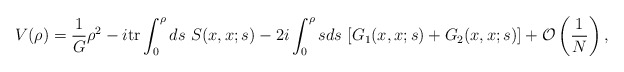
\begin{align*}V(\rho)=\frac{1}{G}\rho^{2} -i \mbox{tr} \int^{\rho}_{0}ds\ S(x,x;s) -2i \int^{\rho}_{0}sds\ [G_{1}(x,x;s) +G_{2}(x,x;s)] +{\cal O}\left(\frac{1}{N}\right),\end{align*}